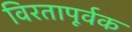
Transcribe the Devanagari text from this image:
विरतापूर्वक